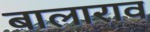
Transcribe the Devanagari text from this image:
बालाराव